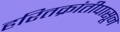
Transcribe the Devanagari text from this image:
हरितक्रांतीपासून